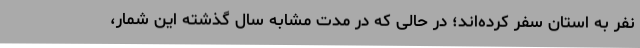
نفر به استان سفر کرده‌اند؛ در حالی که در مدت مشابه سال گذشته این شمار،